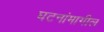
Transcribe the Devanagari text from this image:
घटनांमागील